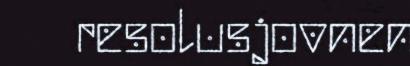
resolusjovnen